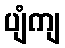
ပျံကျ